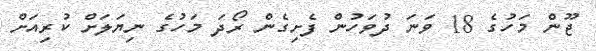
ޖޫން މަހުގެ 18 ވަނަ ދުވަހުން ފެށިގެން ރޯދަ މަހުގެ ނިޔަލަށް ކުރިއަށް